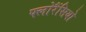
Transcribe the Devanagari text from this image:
फ्लोरैंसियो